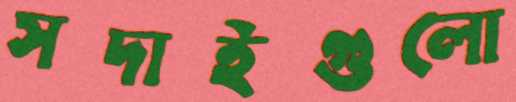
সদাইগুলো